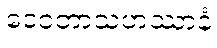
ဒေဝတာသဟဿာနံ